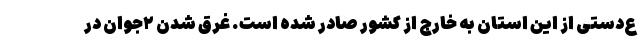
ع‌دستی از این استان به خارج از کشور صادر شده است. غرق شدن ۲جوان در